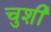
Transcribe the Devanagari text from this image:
चुशी